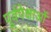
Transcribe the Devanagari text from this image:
पूर्वपेक्षाओं